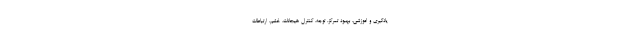
یادگیری و اموزشی، بهبود تمرکز، توجه، کنترل هیجانات، خشم، ارتباطات